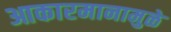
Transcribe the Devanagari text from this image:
आकारमानामुळे